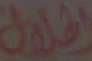
الحلوة